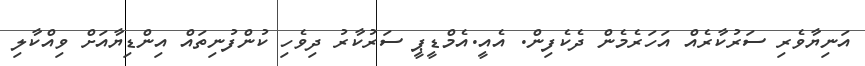
އަނިޔާވެރި ސަރުކާރެއް އަހަރެމެން ދެކެފިން. އެއީ.އެމްޑީޕީ ސަރުކާރު ދިވެހި ކުންފުނިތައް އިންޑިޔާއަށް ވިއްކާލި